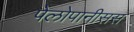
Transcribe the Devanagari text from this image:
पेलोपानीसस